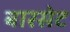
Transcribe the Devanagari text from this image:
बारसेट